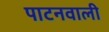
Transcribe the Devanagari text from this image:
पाटनवाली